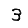
Digit: 3